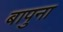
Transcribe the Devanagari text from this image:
बापुना